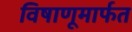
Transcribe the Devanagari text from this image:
विषाणूमार्फत